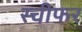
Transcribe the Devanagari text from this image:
स्चीफर